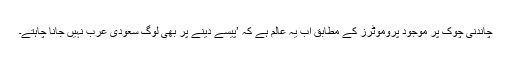
چاندنی چوک پر موجود پروموٹرز کے مطابق اب یہ عالم ہے کہ ’پیسے دینے پر بھی لوگ سعودی عرب نہیں جانا چاہتے۔